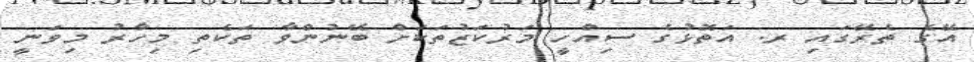
އޭގެ ތެރޭގައި ރ. އަތޮޅުގެ ސިއްހީ މަރުކަޒުތަކަށް ބޭނުންވާ ތަކެތި މިހާރު މިވަނީ